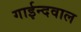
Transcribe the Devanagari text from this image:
गाईन्दवाल